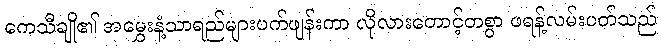
ကေသီချို၏ အမွှေးနံ့သာရည်များပက်ဖျန်းကာ လိုလားတောင့်တစွာ ဖရန့်လမ်းပတ်သည်